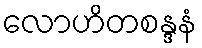
လောဟိတစန္ဒနံ